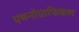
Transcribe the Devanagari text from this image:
एथनोग्राफिकल